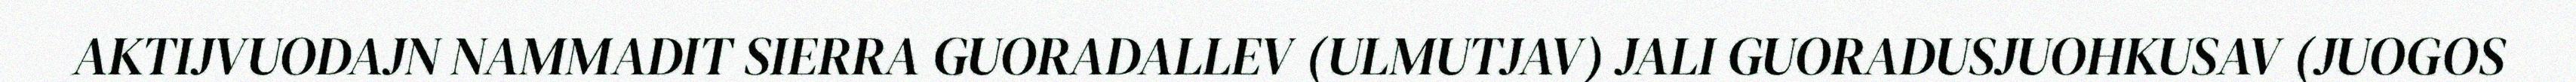
AKTIJVUODAJN NAMMADIT SIERRA GUORADALLEV (ULMUTJAV) JALI GUORADUSJUOHKUSAV (JUOGOS